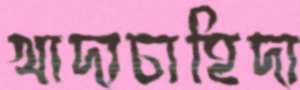
খাদ্যচাহিদা